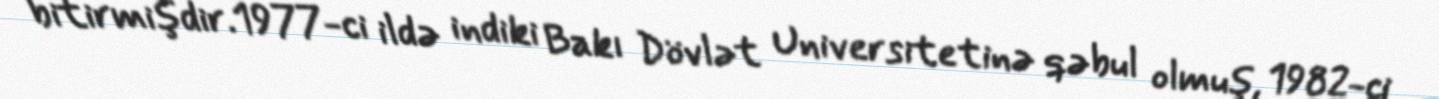
bitirmişdir.1977-ci ildə indiki Bakı Dövlət Universitetinə qəbul olmuş, 1982-ci